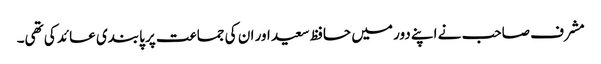
مشرف صاحب نے اپنے دور میں حافظ سعید اور ان کی جماعت پر پابندی عائد کی تھی۔